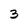
Character: 3